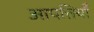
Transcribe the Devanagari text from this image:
आपत्तियॉँ